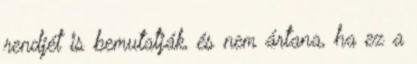
rendjét is bemutatják, és nem ártana, ha ez a